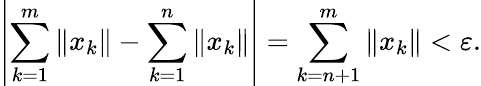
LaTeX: \left|\sum_{k=1}^{m}\| x_{k}\| -\sum_{k=1}^{n}\| x_{k}\| \right|=\sum_{k=n+1}^{m}\| x_{k}\| <\varepsilon.